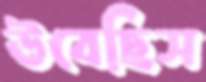
উবেছিস